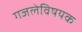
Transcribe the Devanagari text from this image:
गजलेविषयक